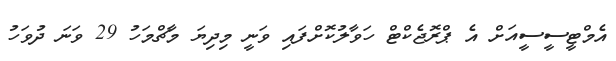
އެމްޓީސީސީއަށް އެ ޕްރޮޖެކްޓް ހަވާލުކޮށްފައި ވަނީ މިދިޔަ މާޗްމަހު 29 ވަނަ ދުވަހު